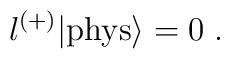
\l^{(+)} |{\rm phys}\rangle = 0\; .